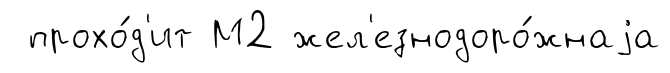
прохо́д'ит М2 жел'езнодоро́жнаjа